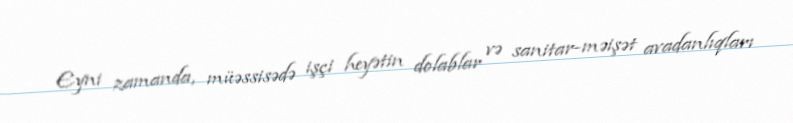
Eyni zamanda, müəssisədə işçi heyətin dolablar və sanitar-məişət avadanlıqları